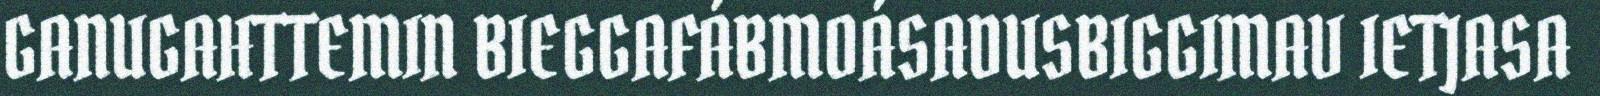
GANUGAHTTEMIN BIEGGAFÁBMOÁSADUSBIGGIMAV IETJASA